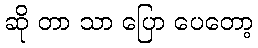
ဆို တာ သာ ပြော ပေတော့